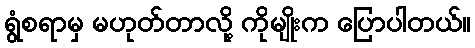
ရွံစရာမှ မဟုတ်တာလို့ ကိုမျိုးက ပြောပါတယ်။